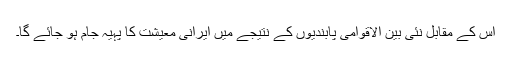
اس کے مقابل نئی بین الاقوامی پابندیوں کے نتیجے میں ایرانی معیشت کا پہّیہ جام ہو جائے گا۔